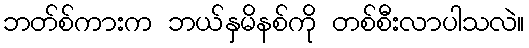
ဘတ်စ်ကားက ဘယ်နှမိနစ်ကို တစ်စီးလာပါသလဲ။